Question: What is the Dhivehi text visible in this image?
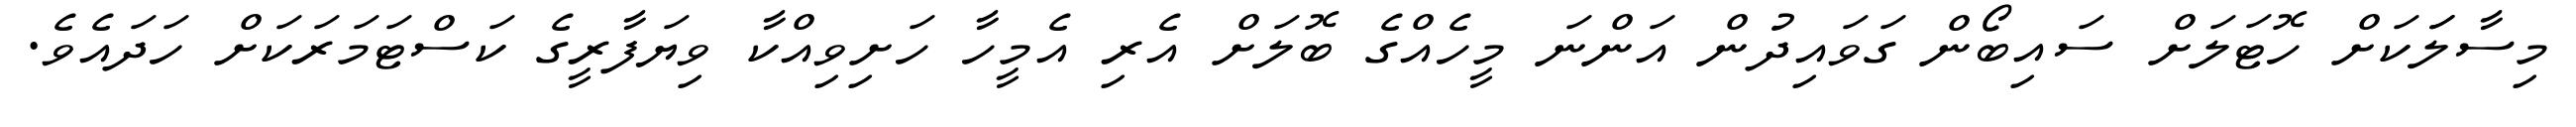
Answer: މިސާލަަކަށް ހޮޓަލަށް ސައިބޯން ގަވައިދުން އަންނަ މީހެއްގެ ބޮލަށް އެރި އެމީހާ ހަށިވިއްކާ ވިޔަފާރީގެ ކަސްޓަމަރަކަށް ހަދައެވެ.